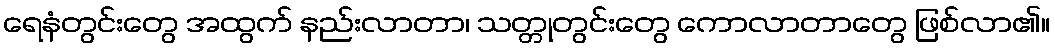
ရေနံတွင်းတွေ အထွက် နည်းလာတာ၊ သတ္တုတွင်းတွေ ကောလာတာတွေ ဖြစ်လာ၏။